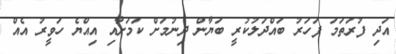
އަދި ފުރަތަމަ ފަހަރު ބައްދަލުކުރީ ބަޔާން ދިނުމަށް ކަމަށާއި އިއްޔެ ހަވީރު އެއް